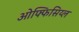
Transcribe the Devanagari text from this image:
ओफ्फिसिय्ल